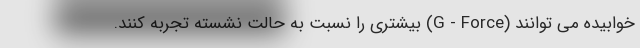
خوابیده می توانند (G - Force) بیشتری را نسبت به حالت نشسته تجربه کنند.